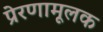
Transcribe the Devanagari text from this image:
प्रेरणामूलक